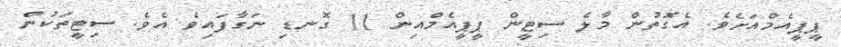
ޕީޕީއެމްއަށެވެ. އެގޮތުން މާލެ ސިޓީން ޕީޕީއެމްއިން 11 ގޮނޑި ނަގާފައިވެ އެވެ. ސިޓީތަކުން